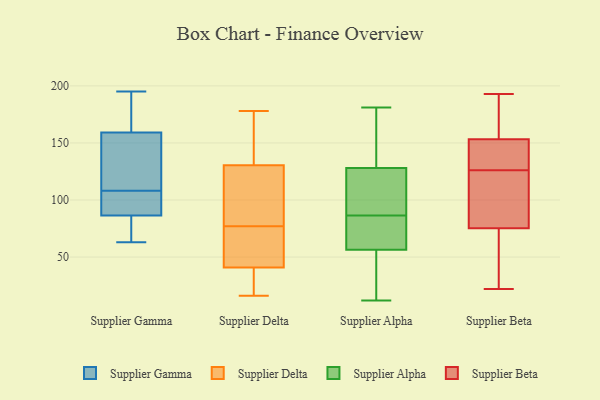
{"axis": {"x": "Gross Profit (USD K)", "y": "Value"}, "legend": ["Supplier Alpha", "Supplier Beta", "Supplier Delta", "Supplier Gamma"], "data": [{"x": "", "y": 63, "type": "Supplier Gamma"}, {"x": "", "y": 157, "type": "Supplier Gamma"}, {"x": "", "y": 168, "type": "Supplier Gamma"}, {"x": "", "y": 70, "type": "Supplier Gamma"}, {"x": "", "y": 108, "type": "Supplier Gamma"}, {"x": "", "y": 146, "type": "Supplier Gamma"}, {"x": "", "y": 160, "type": "Supplier Gamma"}, {"x": "", "y": 102, "type": "Supplier Gamma"}, {"x": "", "y": 126, "type": "Supplier Gamma"}, {"x": "", "y": 91, "type": "Supplier Gamma"}, {"x": "", "y": 73, "type": "Supplier Gamma"}, {"x": "", "y": 195, "type": "Supplier Gamma"}, {"x": "", "y": 92, "type": "Supplier Gamma"}, {"x": "", "y": 176, "type": "Supplier Gamma"}, {"x": "", "y": 85, "type": "Supplier Gamma"}, {"x": "", "y": 136, "type": "Supplier Delta"}, {"x": "", "y": 81, "type": "Supplier Delta"}, {"x": "", "y": 176, "type": "Supplier Delta"}, {"x": "", "y": 76, "type": "Supplier Delta"}, {"x": "", "y": 16, "type": "Supplier Delta"}, {"x": "", "y": 61, "type": "Supplier Delta"}, {"x": "", "y": 34, "type": "Supplier Delta"}, {"x": "", "y": 147, "type": "Supplier Delta"}, {"x": "", "y": 178, "type": "Supplier Delta"}, {"x": "", "y": 35, "type": "Supplier Delta"}, {"x": "", "y": 38, "type": "Supplier Delta"}, {"x": "", "y": 77, "type": "Supplier Delta"}, {"x": "", "y": 106, "type": "Supplier Delta"}, {"x": "", "y": 169, "type": "Supplier Delta"}, {"x": "", "y": 19, "type": "Supplier Delta"}, {"x": "", "y": 65, "type": "Supplier Delta"}, {"x": "", "y": 114, "type": "Supplier Delta"}, {"x": "", "y": 102, "type": "Supplier Delta"}, {"x": "", "y": 49, "type": "Supplier Delta"}, {"x": "", "y": 152, "type": "Supplier Alpha"}, {"x": "", "y": 81, "type": "Supplier Alpha"}, {"x": "", "y": 102, "type": "Supplier Alpha"}, {"x": "", "y": 130, "type": "Supplier Alpha"}, {"x": "", "y": 174, "type": "Supplier Alpha"}, {"x": "", "y": 48, "type": "Supplier Alpha"}, {"x": "", "y": 126, "type": "Supplier Alpha"}, {"x": "", "y": 52, "type": "Supplier Alpha"}, {"x": "", "y": 12, "type": "Supplier Alpha"}, {"x": "", "y": 37, "type": "Supplier Alpha"}, {"x": "", "y": 61, "type": "Supplier Alpha"}, {"x": "", "y": 90, "type": "Supplier Alpha"}, {"x": "", "y": 181, "type": "Supplier Alpha"}, {"x": "", "y": 114, "type": "Supplier Alpha"}, {"x": "", "y": 157, "type": "Supplier Alpha"}, {"x": "", "y": 83, "type": "Supplier Alpha"}, {"x": "", "y": 85, "type": "Supplier Alpha"}, {"x": "", "y": 38, "type": "Supplier Alpha"}, {"x": "", "y": 88, "type": "Supplier Alpha"}, {"x": "", "y": 70, "type": "Supplier Alpha"}, {"x": "", "y": 152, "type": "Supplier Beta"}, {"x": "", "y": 64, "type": "Supplier Beta"}, {"x": "", "y": 80, "type": "Supplier Beta"}, {"x": "", "y": 193, "type": "Supplier Beta"}, {"x": "", "y": 145, "type": "Supplier Beta"}, {"x": "", "y": 115, "type": "Supplier Beta"}, {"x": "", "y": 79, "type": "Supplier Beta"}, {"x": "", "y": 41, "type": "Supplier Beta"}, {"x": "", "y": 193, "type": "Supplier Beta"}, {"x": "", "y": 126, "type": "Supplier Beta"}, {"x": "", "y": 157, "type": "Supplier Beta"}, {"x": "", "y": 130, "type": "Supplier Beta"}, {"x": "", "y": 22, "type": "Supplier Beta"}]}